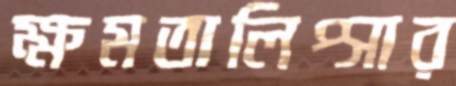
ক্ষমতালিপ্সার